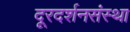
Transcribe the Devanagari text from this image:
दूरदर्शनसंस्था